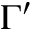
\Gamma ^ { \prime }